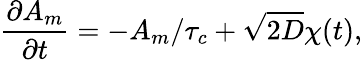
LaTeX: \frac{\partial A_{m}}{\partial t}=-A_{m}/\tau_{c}+\sqrt{2D}\chi(t),